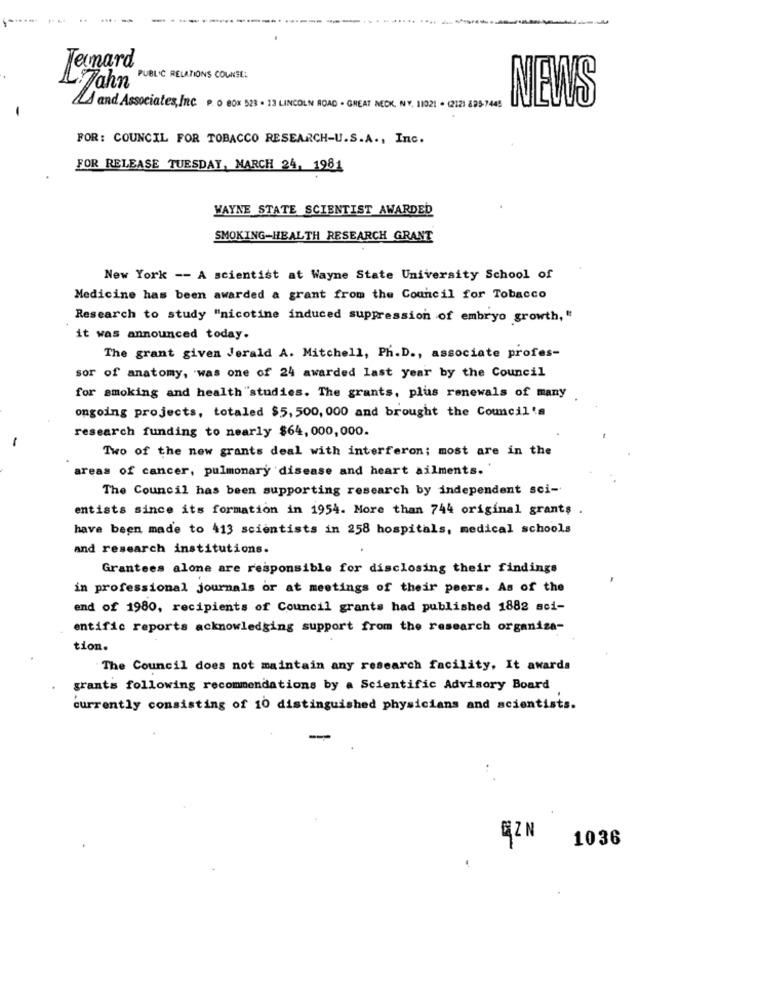
Temard
PUBLIC RELATIONS COUNSE:
L.Jahn
NEWS
Ås and Associates, InC. P. O BOX 523 . 13 LINCOLN ROAD . GREAT NECK, NY. 11021 . (2121 895-7445
FOR: COUNCIL FOR TOBACCO RESEARCH-U.S.A ., Inc.
FOR RELEASE TUESDAY, MARCH 24, 1981
WAYNE STATE SCIENTIST AWARDED
SMOKING-HEALTH RESEARCH GRANT
New York -- A scientist at Wayne State University School of
Medicine has been awarded a grant from the Council for Tobacco
Research to study "nicotine induced suppression of embryo growth,"
it was announced today.
The grant given Jerald A. Mitchell, Ph.D ., associate profes-
sor of anatomy, was one of 24 awarded last year by the Council
for smoking and health "studies. The grants, plus renewals of many
ongoing projects, totaled $5, 500, 000 and brought the Council's
research funding to nearly $64, 000,000.
-
Two of the new grants deal with interferon; most are in the
areas of cancer, pulmonary disease and heart ailments.
The Council has been supporting research by independent sci-
entists since its formation in 1954. More than 744 original grants .
have been made to 413 scientists in 258 hospitals, medical schools
and research institutions.
Grantees alone are responsible for disclosing their findings
in professional journals or at meetings of their peers. As of the
end of 1980, recipients of Council grants had published 1882 aci-
entific reports acknowledging support from the research organiza-
tion.
The Council does not maintain any research facility, It awards
grants following recommendations by a Scientific Advisory Board
currently consisting of 10 distinguished physicians and scientists.
-
..
EZN
1036